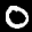
Label: 0